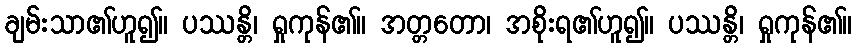
ချမ်းသာ၏ဟူ၍။ ပဿန္တိ၊ ရှုကုန်၏။ အတ္တတော၊ အစိုးရ၏ဟူ၍။ ပဿန္တိ၊ ရှုကုန်၏။